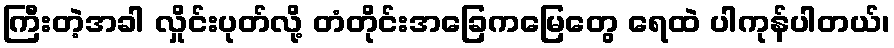
ကြီးတဲ့အခါ လှိုင်းပုတ်လို့ တံတိုင်းအခြေကမြေတွေ ရေထဲ ပါကုန်ပါတယ်၊